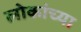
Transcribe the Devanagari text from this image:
लोकांच्‍या